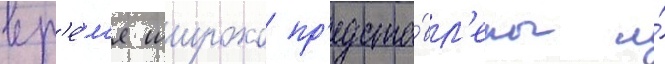
вр'е́м'я широко пр'едста́вл'ены и́